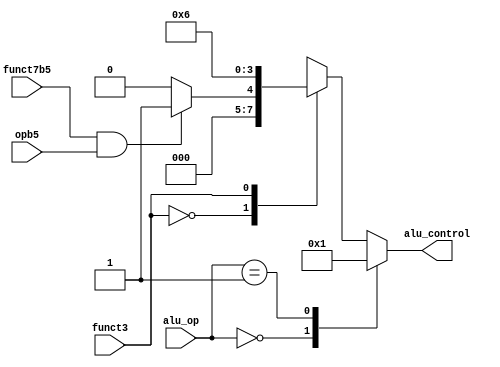
module aludec (
    input  wire                 opb5,
    input  wire               funct3,
    input  wire             funct7b5,
    input  wire [1 : 0]       alu_op,
    output reg  [3 : 0]  alu_control
);
    wire R_type_sub;
    
    assign R_type_sub = funct7b5 & opb5;

    always @(*) begin
        case (alu_op)
            2'b00 : alu_control = 4'b0000;
            2'b01 : alu_control = 4'b0001;
            default: 
                case (funct3)
                    3'b000 : begin
                        if (R_type_sub) begin
                            alu_control = 4'b0001;
                        end 
                        else begin
                            alu_control = 4'b0000;
                        end
                    end
                    3'b001 : alu_control = 4'b0110; 
                    3'b010 : alu_control = 4'b0101;
                    3'b100 : alu_control = 4'b0010;
                    3'b101 : begin
                        if (funct7b5) begin
                            alu_control = 4'b1000;
                        end 
                        else begin
                            alu_control = 4'b0111;
                        end
                    end
                    3'b110 : alu_control = 4'b0011;
                    3'b111 : alu_control = 4'b0010;
                    default: alu_control = 4'bx;
                endcase
        endcase
    end

endmodule